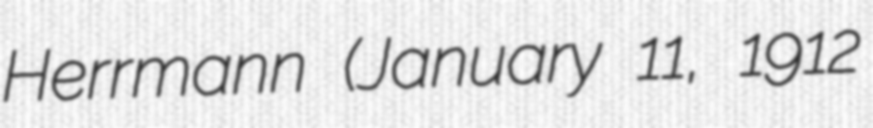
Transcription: Herrmann (January 11, 1912